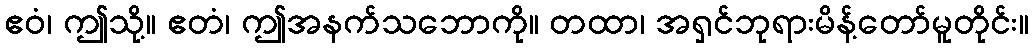
ဧဝံ၊ ဤသို့။ ဧတံ၊ ဤအနက်သဘောကို။ တထာ၊ အရှင်ဘုရားမိန့်တော်မူတိုင်း။